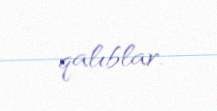
qalıblar.